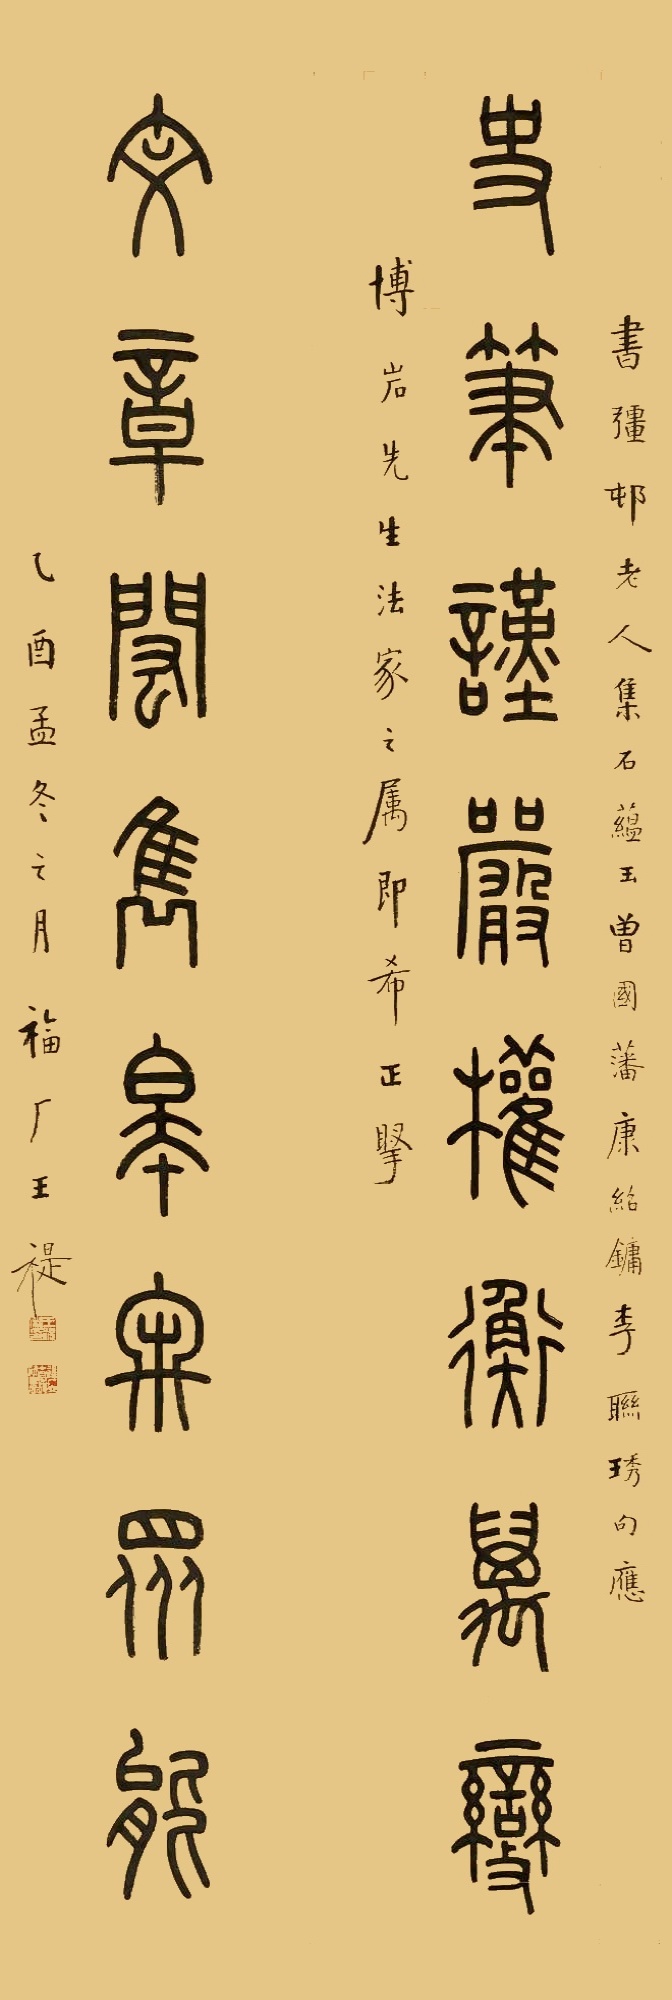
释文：史笔谨严权衡万变，文章闳隽皋牢众能。书强村老人集石蕴玉、曾国藩、康绍镛、李联琇句，应博岩先生法家之属，即希正腕。乙酉孟冬之月，福厂王禔。